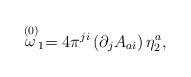
LaTeX: \begin{align*}\stackrel{(0)}{\omega }_{1}=4\pi ^{ji}\left( \partial _{j}A_{ai}\right) \eta_{2}^{a}, \end{align*}